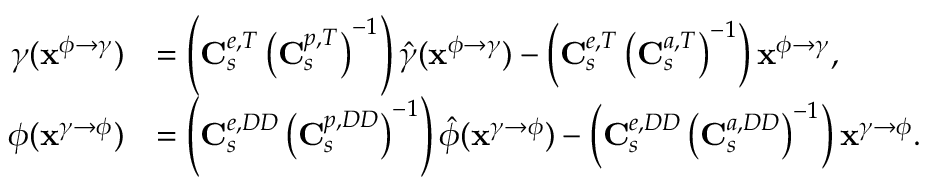
\begin{array} { r l } { \gamma ( \mathbf { x } ^ { \phi \rightarrow \gamma } ) } & { = \left( \mathbf { C } _ { s } ^ { e , T } \left( \mathbf { C } _ { s } ^ { p , T } \right) ^ { - 1 } \right) \hat { \gamma } ( \mathbf { x } ^ { \phi \rightarrow \gamma } ) - \left( \mathbf { C } _ { s } ^ { e , T } \left( \mathbf { C } _ { s } ^ { a , T } \right) ^ { - 1 } \right) \mathbf { x } ^ { \phi \rightarrow \gamma } , } \\ { \phi ( \mathbf { x } ^ { \gamma \rightarrow \phi } ) } & { = \left( \mathbf { C } _ { s } ^ { e , D D } \left( \mathbf { C } _ { s } ^ { p , D D } \right) ^ { - 1 } \right) \hat { \phi } ( \mathbf { x } ^ { \gamma \rightarrow \phi } ) - \left( \mathbf { C } _ { s } ^ { e , D D } \left( \mathbf { C } _ { s } ^ { a , D D } \right) ^ { - 1 } \right) \mathbf { x } ^ { \gamma \rightarrow \phi } . } \end{array}